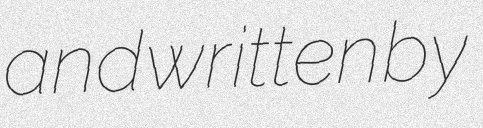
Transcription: and written by